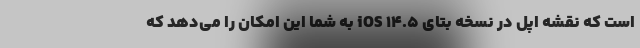
است که نقشه اپل در نسخه بتای iOS 14.5 به شما این امکان را می‌دهد که